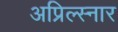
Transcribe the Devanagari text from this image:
अप्रिल्स्नार